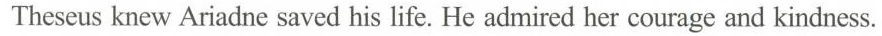
Theseus knew Ariadne saved his life. He admired her courage and kindness.